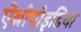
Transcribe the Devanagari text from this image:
ऐंथ्रोपोइडिया